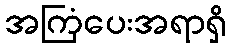
အကြံပေးအရာရှိ